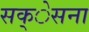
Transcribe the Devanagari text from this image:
सक्ेसना